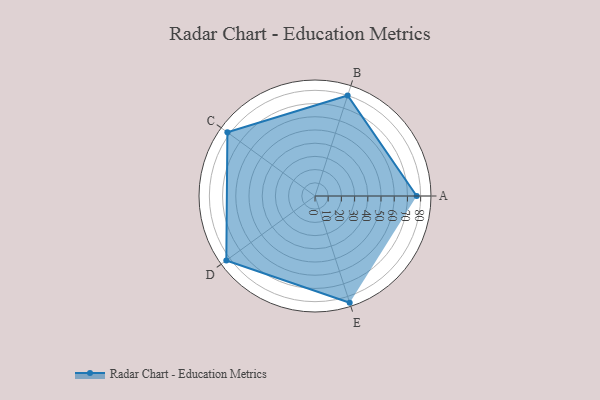
{"axis": {"x": "Skill", "y": "Score"}, "legend": ["Profile"], "data": [{"x": "A", "y": 77.0, "type": "Profile"}, {"x": "B", "y": 80.0, "type": "Profile"}, {"x": "C", "y": 82.0, "type": "Profile"}, {"x": "D", "y": 83.0, "type": "Profile"}, {"x": "E", "y": 85.0, "type": "Profile"}]}